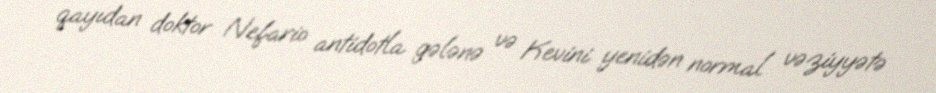
qayıdan doktor Nefario antidotla gələnə və Kevini yenidən normal vəziyyətə